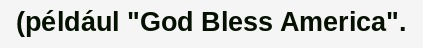
(például "God Bless America".